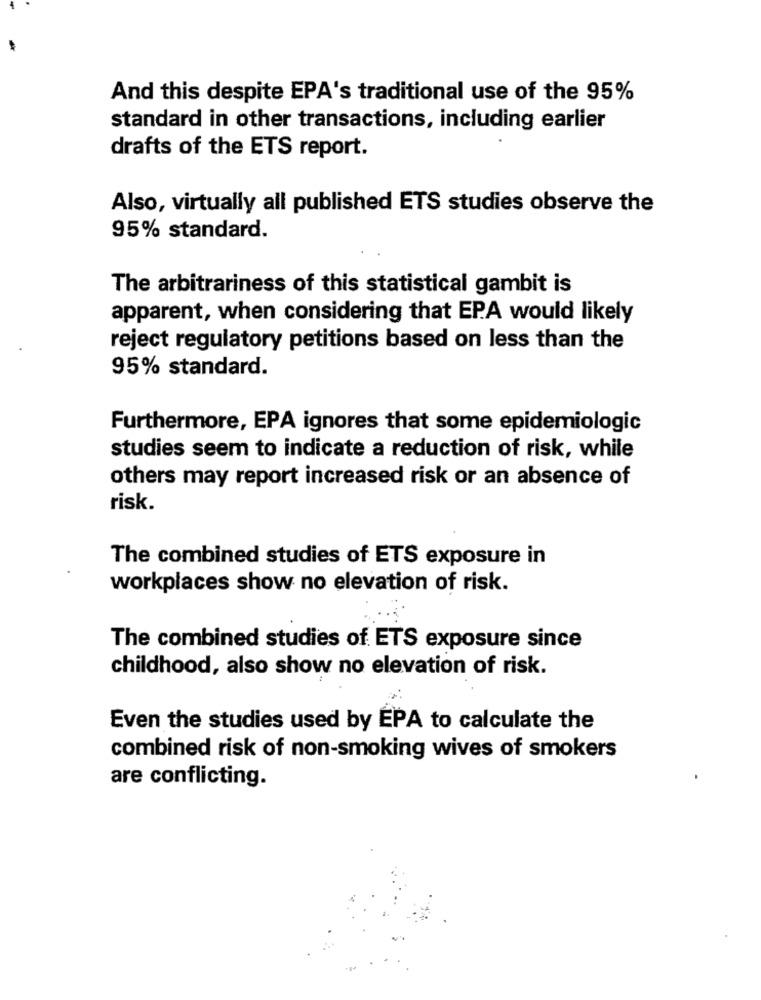
And this despite EPA's traditional use of the 95%
standard in other transactions, including earlier
drafts of the ETS report.
Also, virtually all published ETS studies observe the
95% standard.
The arbitrariness of this statistical gambit is
apparent, when considering that EPA would likely
reject regulatory petitions based on less than the
95% standard.
Furthermore, EPA ignores that some epidemiologic
studies seem to indicate a reduction of risk, while
others may report increased risk or an absence of
risk.
The combined studies of ETS exposure in
workplaces show no elevation of risk.
The combined studies of ETS exposure since
childhood, also show no elevation of risk.
Even the studies used by EPA to calculate the
combined risk of non-smoking wives of smokers
are conflicting.